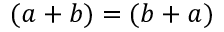
( a + b ) = ( b + a )